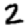
Digit: 2